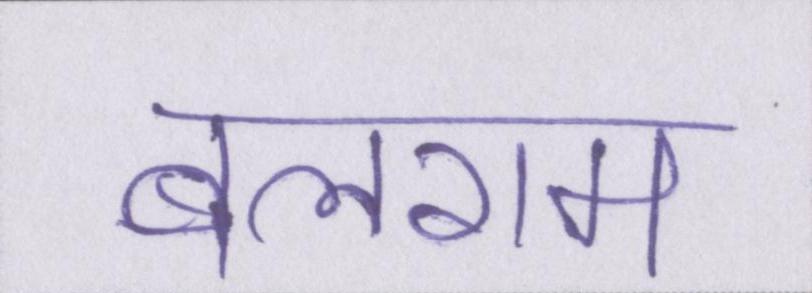
बलराम